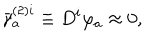
LaTeX: \bar { \gamma } _ { a } ^ { ( 2 ) i } \equiv D ^ { i } \varphi _ { a } \approx 0 ,